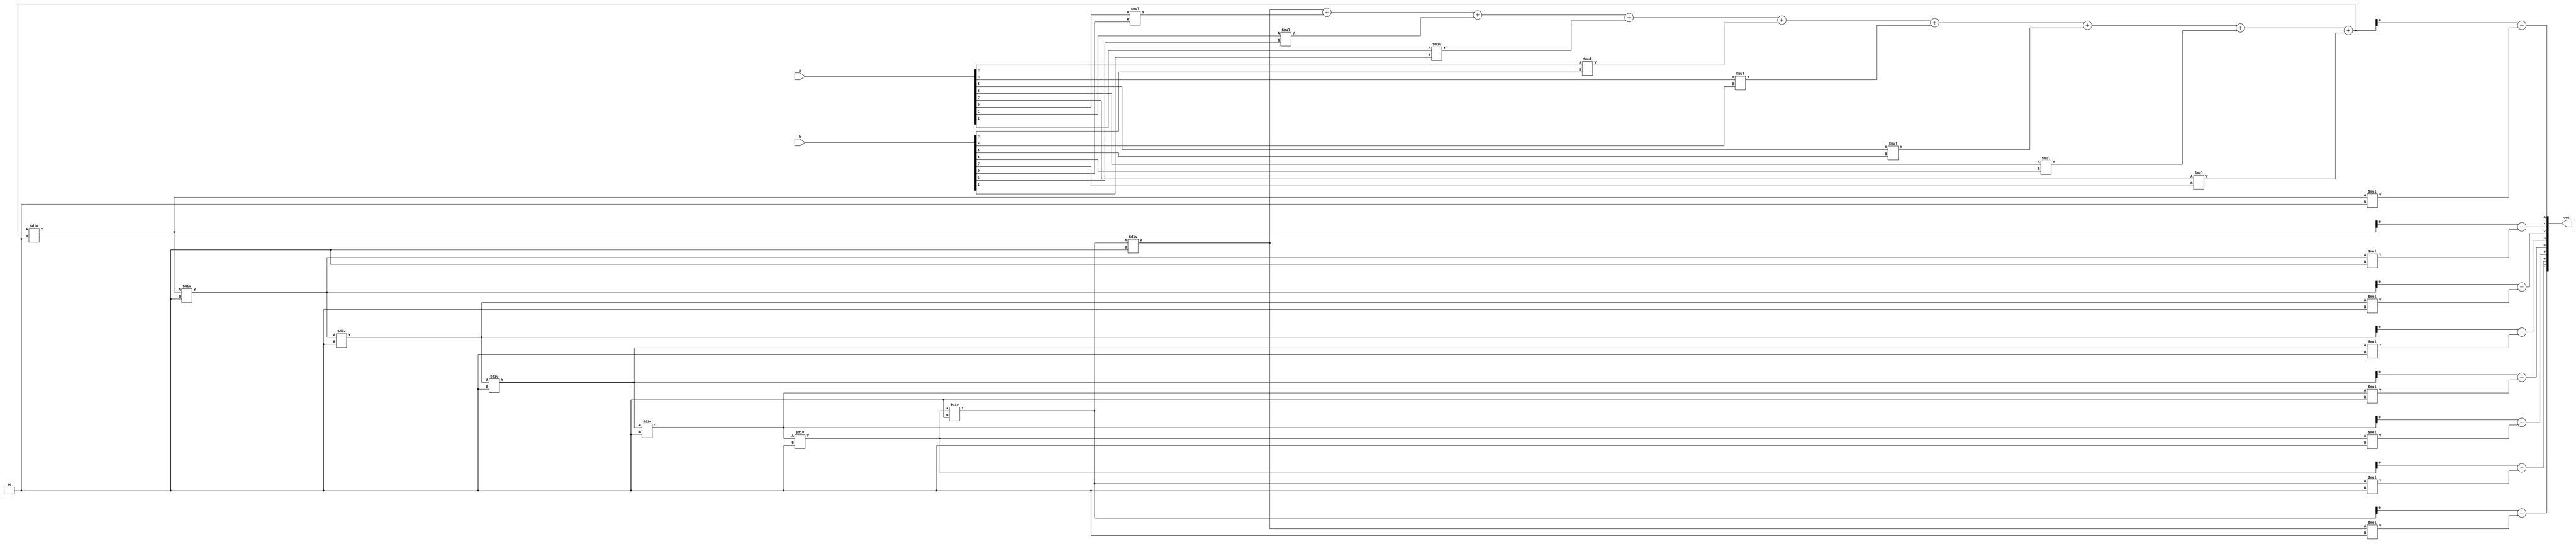
/*
   This file was generated automatically by the Mojo IDE version B1.3.4.
   Do not edit this file directly. Instead edit the original Lucid source.
   This is a temporary file and any changes made to it will be destroyed.
*/

module eightbitdotproduct_22 (
    input [7:0] a,
    input [7:0] b,
    output reg [7:0] out
  );
  
  
  
  integer count;
  
  integer i;
  
  always @* begin
    for (i = 1'h0; i < 4'h8; i = i + 1) begin
      count = count + a[(i)*1+0-:1] * b[(i)*1+0-:1];
    end
    for (i = 1'h0; i < 4'h8; i = i + 1) begin
      out[(i)*1+0-:1] = count - count / 2'h2 * 2'h2;
      count = count / 2'h2;
    end
  end
endmodule